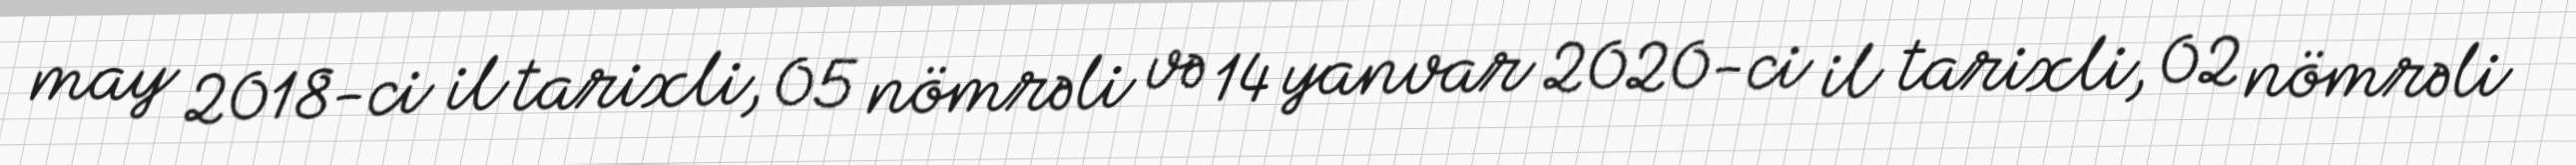
may 2018-ci il tarixli, 05 nömrəli və 14 yanvar 2020-ci il tarixli, 02 nömrəli